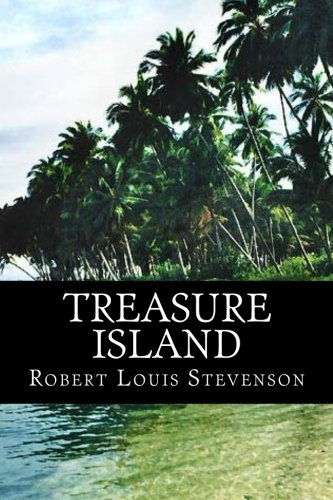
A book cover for Treasure Island; Robert Louis Stevenson; Literature & Fiction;